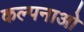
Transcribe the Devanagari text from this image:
कल्पनाओ